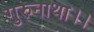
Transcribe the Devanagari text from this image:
गुरुनाथा।।